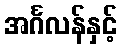
အင်္ဂလန်နှင့်